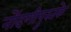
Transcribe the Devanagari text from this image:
नोंदणीपुस्तके